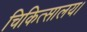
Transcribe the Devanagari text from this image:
चिकित्सालय।